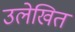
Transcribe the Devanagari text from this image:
उलेखित